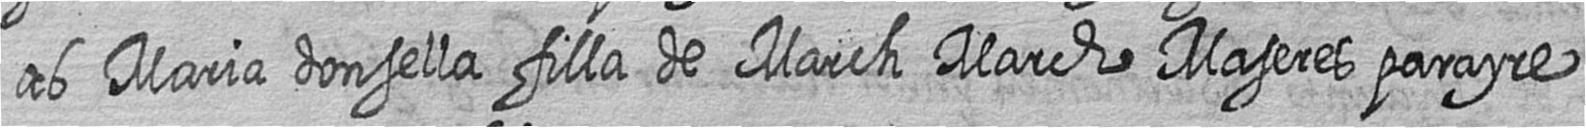
ab Maria donsella filla de March March Maseres parayre